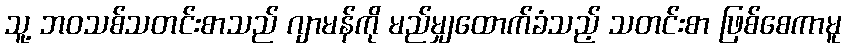
သူ့ ဘဝသစ်သတင်းစာသည် ဂျာမန်ကို မည်မျှထောက်ခံသည့် သတင်းစာ ဖြစ်စေကာမူ